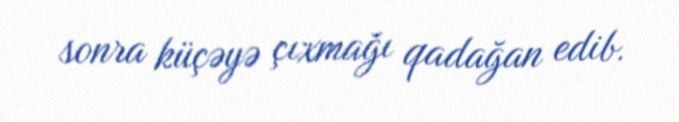
sonra küçəyə çıxmağı qadağan edib.